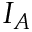
I _ { A }